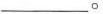
___。